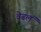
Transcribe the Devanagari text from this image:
वेढलं